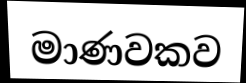
මාණවකව